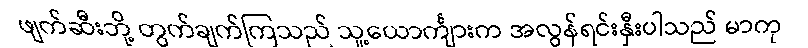
ဖျက်ဆီးဘို့ တွက်ချက်ကြသည် သူ့ယောင်္ကျားက အလွန်ရင်းနှီးပါသည် မာကု